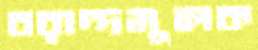
বরাদ্দমূলক